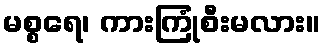
မစ္စရေ၊ ကားကြုံစီးမလား။